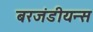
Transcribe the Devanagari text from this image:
बरजंडीयन्स